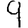
Digit: 9